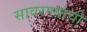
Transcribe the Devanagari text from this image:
सावरण्याची